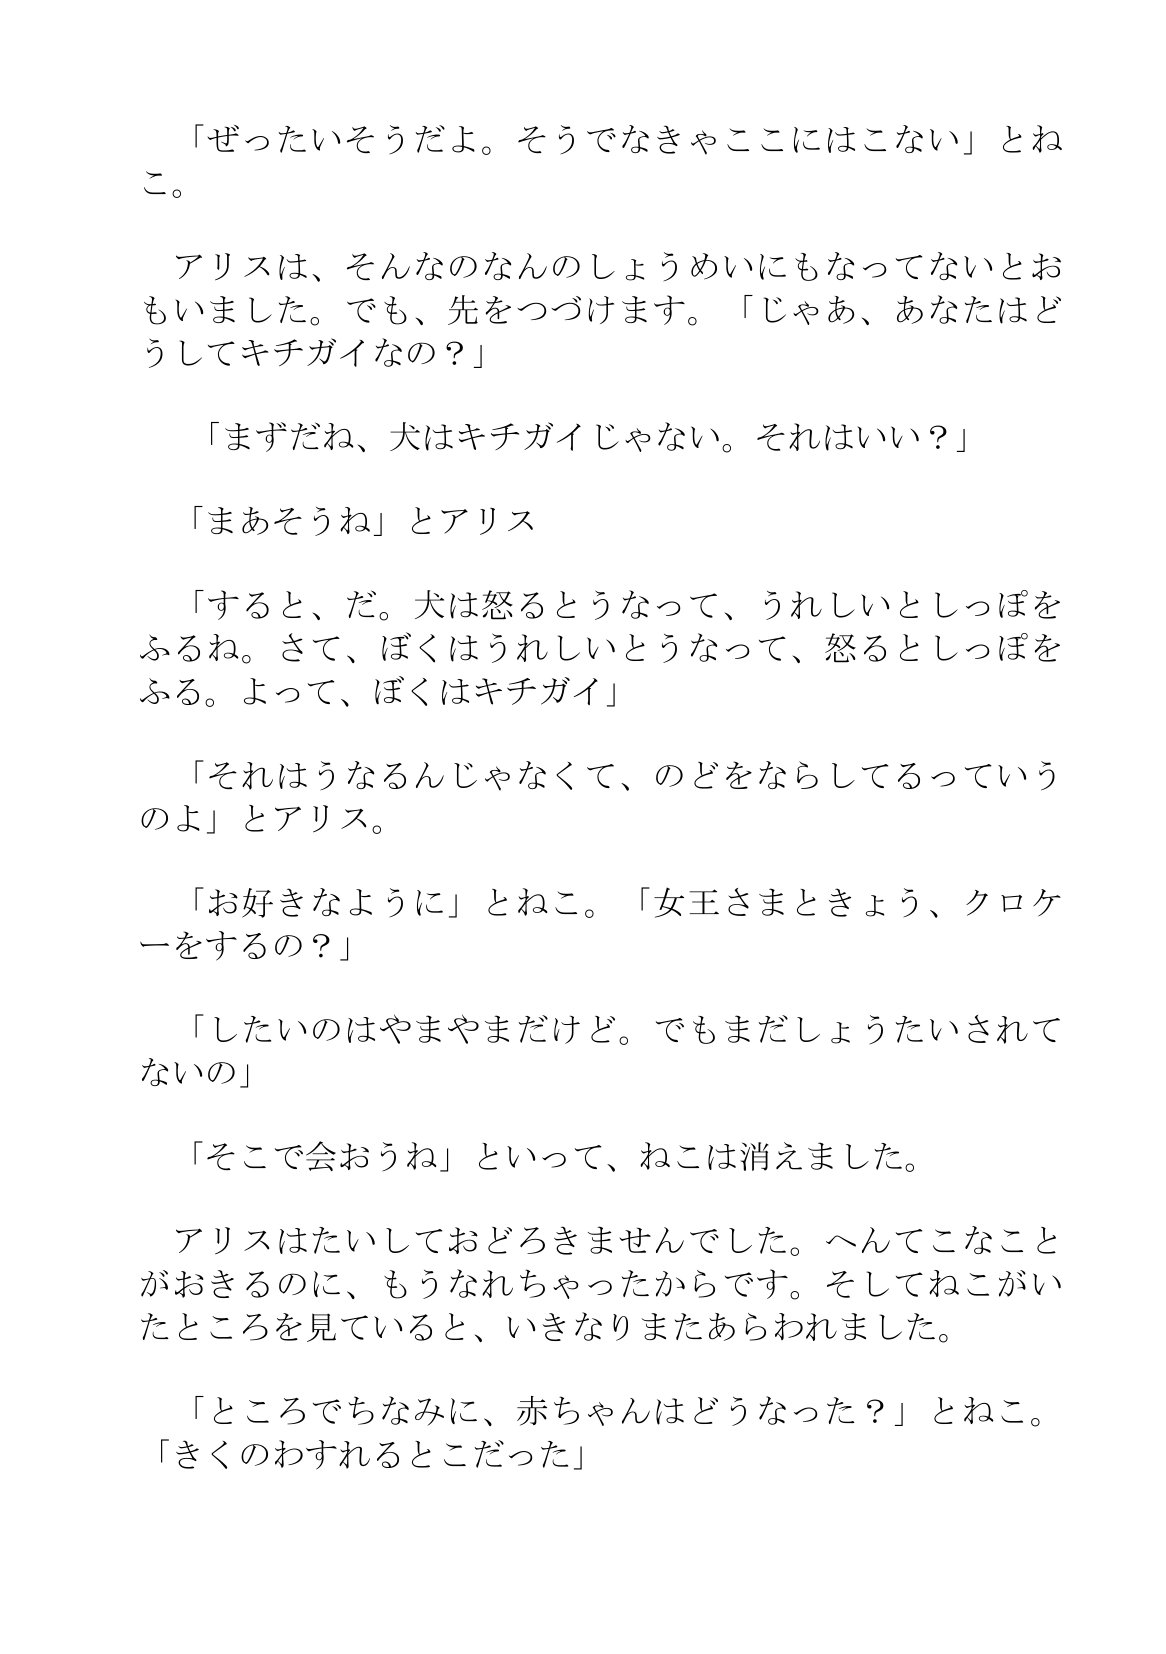
Language: ja